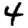
Digit: 4